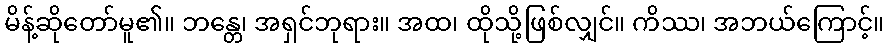
မိန့်ဆိုတော်မူ၏။ ဘန္တေ၊ အရှင်ဘုရား။ အထ၊ ထိုသို့ဖြစ်လျှင်။ ကိဿ၊ အဘယ်ကြောင့်။